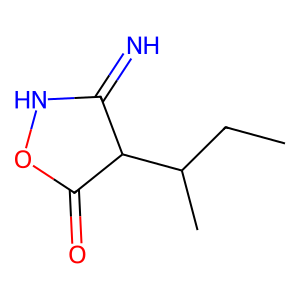
SMILES: CCC(C)C1C(=N)NOC1=O
Inhibits HIV replication: No